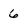
Character: 6